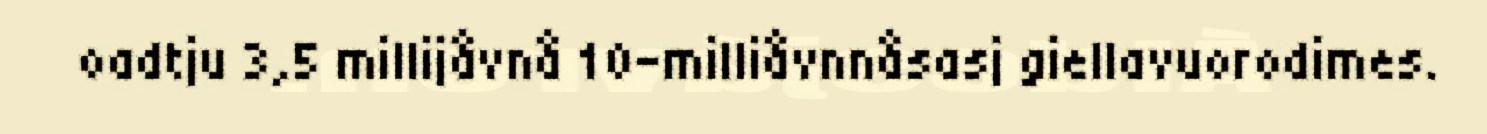
oadtju 3,5 millijåvnå 10-milliåvnnåsasj giellavuorodimes.